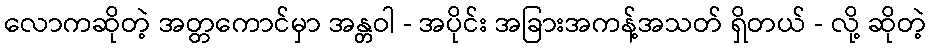
လောကဆိုတဲ့ အတ္တကောင်မှာ အန္တဝါ - အပိုင်း အခြားအကန့်အသတ် ရှိတယ် - လို့ ဆိုတဲ့